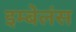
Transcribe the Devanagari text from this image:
इम्बेलंस